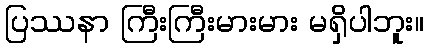
ပြဿနာ ကြီးကြီးမားမား မရှိပါဘူး။